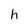
Character: h